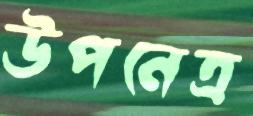
উপনেত্র